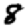
Digit: 8